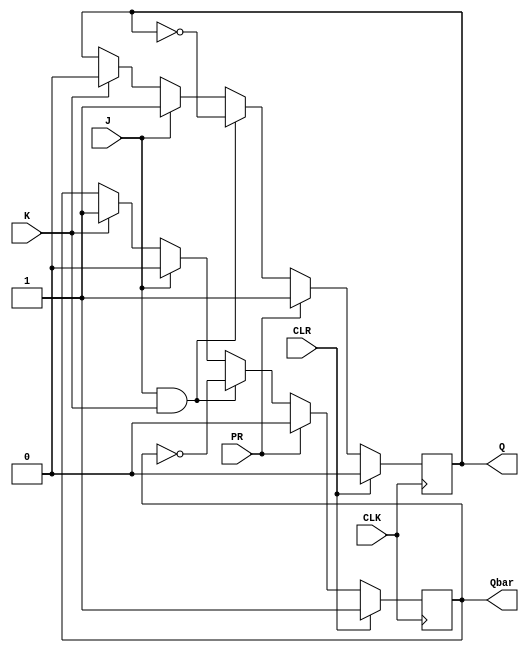
module jk_flipflop(
    input J,
    input K,
    input CLK,
    input CLR,
    input PR,
    output reg Q,
    output reg Qbar
);

always @(posedge CLK) begin
    if (CLR) begin
        Q <= 1'b0;
        Qbar <= 1'b1;
    end 
    else if (PR) begin
        Q <= 1'b1;
        Qbar <= 1'b0;
    end 
    else begin
        if (J & K) begin
            Q <= ~Q;
            Qbar <= ~Qbar;
        end 
        else if (J) begin
            Q <= 1'b1;
            Qbar <= 1'b0;
        end 
        else if (K) begin
            Q <= 1'b0;
            Qbar <= 1'b1;
        end
    end
end

endmodule